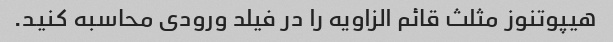
هیپوتنوز مثلث قائم الزاویه را در فیلد ورودی محاسبه کنید.